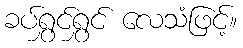
ခပ်ရွှင်ရွှင် လေသံဖြင့်။